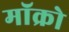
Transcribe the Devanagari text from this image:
मॉक्रो